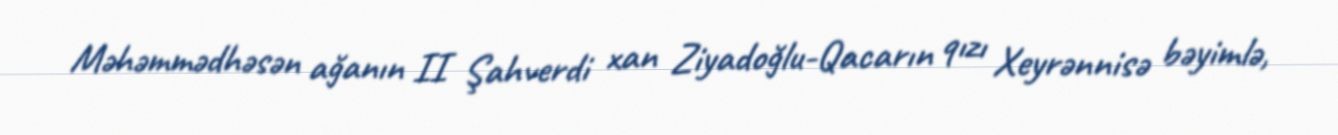
Məhəmmədhəsən ağanın II Şahverdi xan Ziyadoğlu-Qacarın qızı Xeyrənnisə bəyimlə,